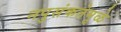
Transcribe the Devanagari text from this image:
नपुसंकतेमुळे